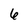
Character: 6